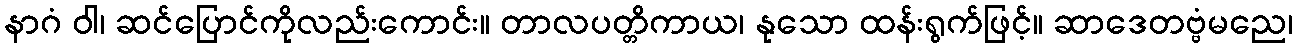
နာဂံ ဝါ၊ ဆင်ပြောင်ကိုလည်းကောင်း။ တာလပတ္တိကာယ၊ နုသော ထန်းရွက်ဖြင့်။ ဆာဒေတဗ္ဗံမညေ၊